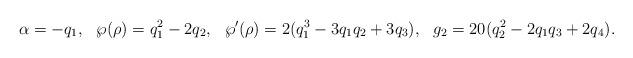
LaTeX: \begin{align*}\alpha &= - q_1, & \wp(\rho) &= q_1^2 - 2 q_2, & \wp'(\rho) &= 2 (q_1^3 - 3 q_1 q_2 + 3 q_3), & g_2 &= 20 (q_2^2 - 2 q_1 q_3 + 2 q_4).\end{align*}